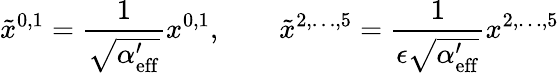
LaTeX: \tilde{x}^{0,1}=\frac{1}{\sqrt{\alpha_{\mathrm{eff}}^{\prime}}}x^{0,1},\qquad\tilde{x}^{2,\ldots,5}=\frac{1}{\epsilon\sqrt{\alpha_{\mathrm{eff}}^{\prime}}}x^{2,\ldots,5}